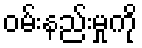
ဝမ်းနည်းမှုကို